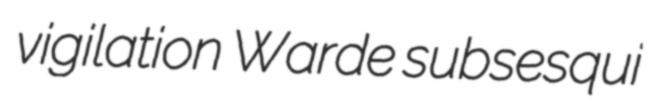
vigilation Warde subsesqui